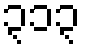
၃၁၃